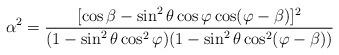
LaTeX: \begin{align*}\alpha^2 = \frac{[\cos\beta-\sin^2\theta\cos\varphi\cos(\varphi-\beta)]^2}{(1-\sin^2\theta\cos^2\varphi)(1-\sin^2\theta\cos^2(\varphi-\beta))}\end{align*}